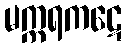
မက္ကရကဋေ